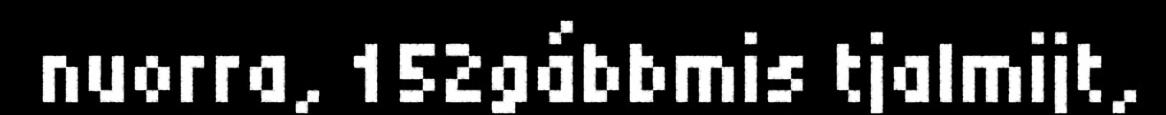
nuorra, 152gábbmis tjalmijt,